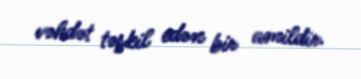
vəhdət təşkil edən bir amildir.